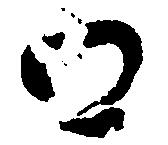
口